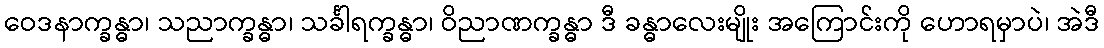
ဝေဒနာက္ခန္ဓာ၊ သညာက္ခန္ဓာ၊ သင်္ခါရက္ခန္ဓာ၊ ဝိညာဏက္ခန္ဓာ ဒီ ခန္ဓာလေးမျိုး အကြောင်းကို ဟောရမှာပဲ၊ အဲဒီ